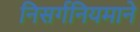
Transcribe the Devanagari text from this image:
निसर्गनियमाने